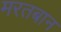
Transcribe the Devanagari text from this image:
मरतबान